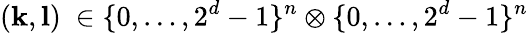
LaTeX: (\mathbf{k},\mathbf{l})~\in\{ 0,\dots,2^{d}-1\} ^{n}\otimes\{ 0,\dots,2^{d}-1\} ^{n}